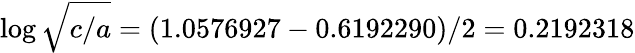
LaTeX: \log{\sqrt{c/a}}=(1.0576927-0.6192290)/2=0.2192318